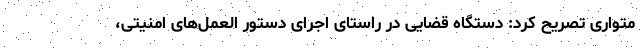
متواری تصریح کرد: دستگاه قضایی در راستای اجرای دستور العمل‌های امنیتی،